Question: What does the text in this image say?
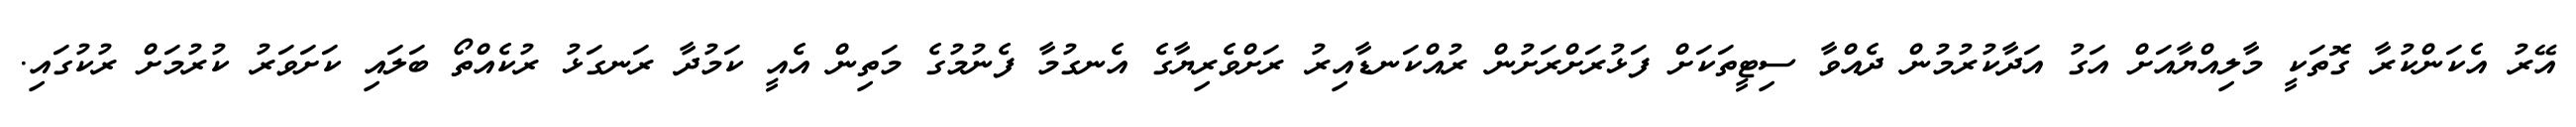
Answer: އޭރު އެކަންކުރާ ގޮތަކީ މާލިއްޔާއަށް އަގު އަދާކުރުމުން ދެއްވާ ސިޓީތަކަށް ފަޅުރަށްރަށުން ރުއްކަނޑާއިރު ރަށްވެރިޔާގެ އެނގުމާ ފެނުމުގެ މަތިން އެއީ ކަމުދާ ރަނގަޅު ރުކެއްތޯ ބަލައި ކަށަވަރު ކުރުމަށް ރުކުގައި.